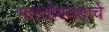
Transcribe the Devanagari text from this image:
भारतीयवंशाचे